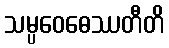
သမ္ပဝေဓေဿတီတိ